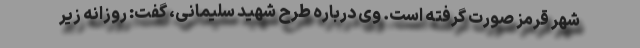
شهر قرمز صورت گرفته است. وی درباره طرح شهید سلیمانی، گفت: روزانه زیر